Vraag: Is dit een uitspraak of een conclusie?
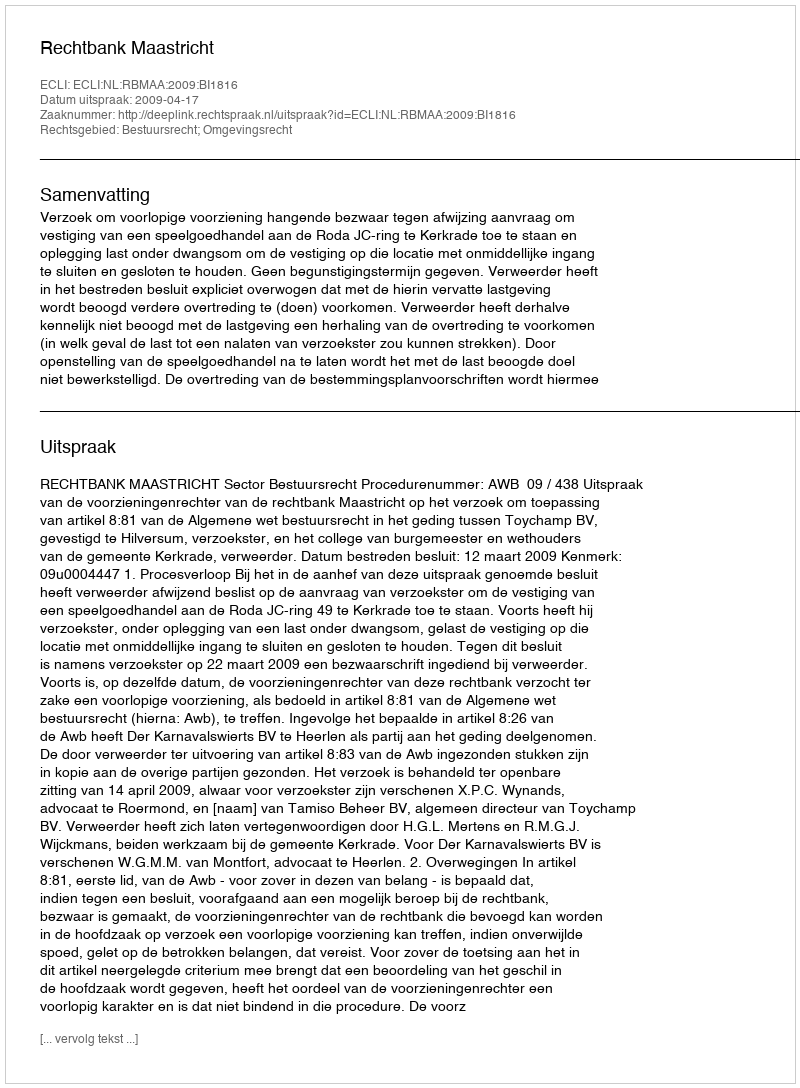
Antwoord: Uitspraak